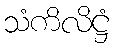
သံကိလိဋ္ဌံ